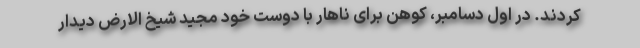
کردند. در اول دسامبر، کوهن برای ناهار با دوست خود مجید شیخ الارض دیدار